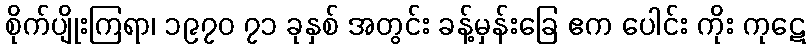
စိုက်ပျိုးကြရာ၊ ၁၉၇၀ ၇၁ ခုနှစ် အတွင်း ခန့်မှန်းခြေ ဧက ပေါင်း ကိုး ကုဋေ